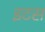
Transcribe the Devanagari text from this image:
इटस